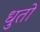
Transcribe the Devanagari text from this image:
धुतो